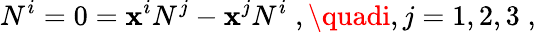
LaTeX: N^{i}=0=\mathbf{x}^{i}N^{j}-\mathbf{x}^{j}N^{i}\; ,\quadi,j=1,2,3\; ,